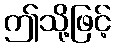
ဤသို့ဖြင့်